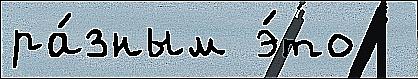
ра́зным э́то